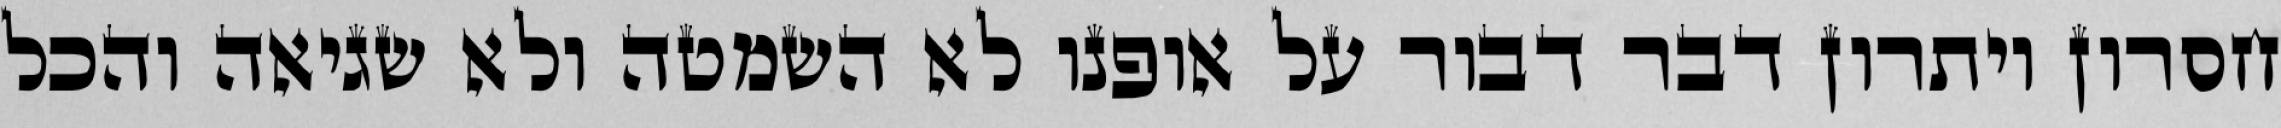
חסרון ויתרון דבר דבור על אופנו לא השמטה ולא שגיאה והכל